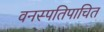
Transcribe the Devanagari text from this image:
वनस्पतिपाचित